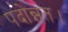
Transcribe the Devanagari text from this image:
पदोन्नत।